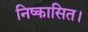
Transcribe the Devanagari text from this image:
निष्कासित।